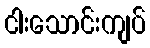
ငါးသောင်းကျပ်